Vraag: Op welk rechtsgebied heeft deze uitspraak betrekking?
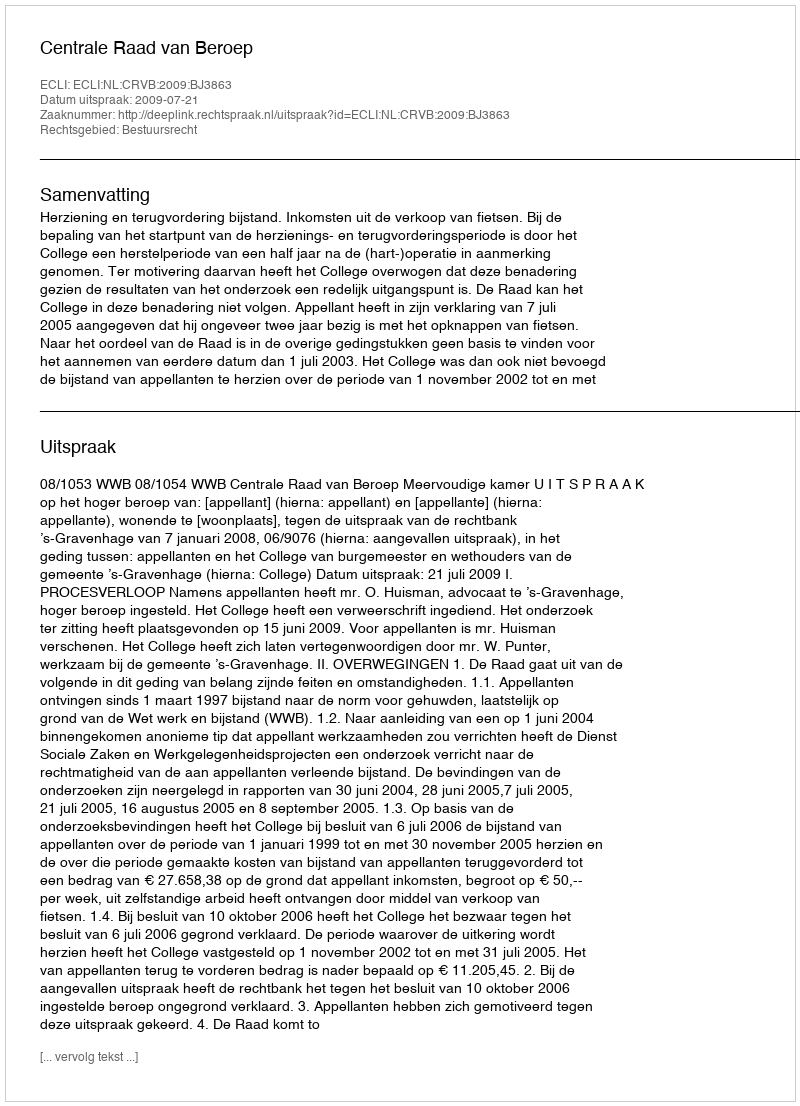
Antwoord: Bestuursrecht